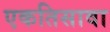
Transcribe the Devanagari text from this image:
एकतिसावा